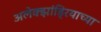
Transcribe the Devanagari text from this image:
अलेक्झांड्रियाच्या